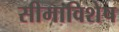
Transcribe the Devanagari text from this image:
सीमाविशेष